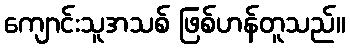
ကျောင်းသူအသစ် ဖြစ်ဟန်တူသည်။